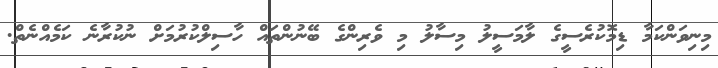
މިނިވަންކަމާ ޑިމޮކުރެސީގެ ލާމަސީލު މިސާލު މި ވެރިންގެ ބޭނުންތައް ހާސިލްކުރުމަށް ނުކުރާނެ ކަމެއްނެތް.